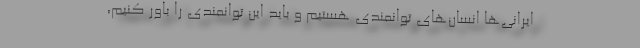
ایرانی‌ها انسان‌های توانمندی هستیم و باید این توانمندی را باور کنیم،